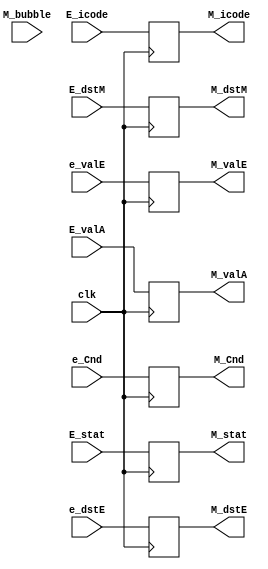
module memory_reg(clk, M_bubble,E_stat,E_icode,e_Cnd,e_valE,E_valA,e_dstE,E_dstM,M_stat,M_icode, M_Cnd,M_valE,M_valA,M_dstE,M_dstM);

input clk;
input M_bubble;
input [3:0]E_stat;
input [3:0]E_icode; 
input e_Cnd; 
input [3:0]e_dstE;
input [3:0]E_dstM;
input [63:0]E_valA;
input [63:0]e_valE;

output reg [3:0] M_stat;
output reg [3:0] M_icode; 
output reg M_Cnd;
output reg [3:0]M_dstE;
output reg [3:0]M_dstM;
output reg [63:0]M_valE;
output reg [63:0]M_valA;

always @(posedge(clk))begin
	M_stat <= E_stat;
	M_Cnd <= e_Cnd;
	M_valE <= e_valE;
	M_dstM <= E_dstM;
	M_icode <= E_icode;
	M_dstE <= e_dstE;
	M_valA <= E_valA;
end
endmodule